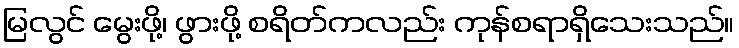
မြလွင် မွေးဖို့၊ ဖွားဖို့ စရိတ်ကလည်း ကုန်စရာရှိသေးသည်။